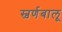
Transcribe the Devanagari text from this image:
स्वर्णबालू